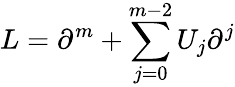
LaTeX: L=\partial^{m}+\sum_{j=0}^{m-2}U_{j}\partial^{j}